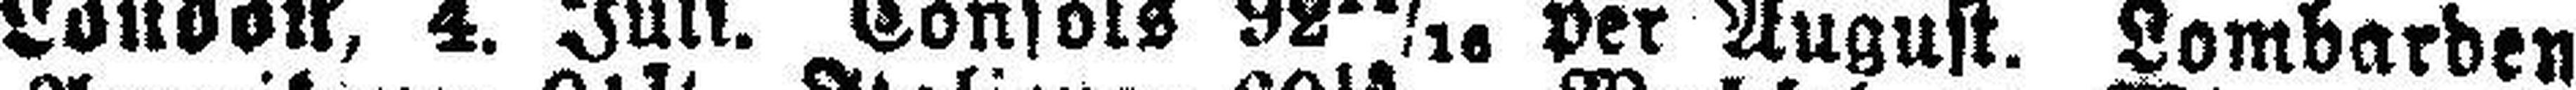
London, 4. Juli. Consols 92 11/16 per August. Lombarden